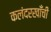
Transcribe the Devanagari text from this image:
कलंदरखाँची